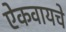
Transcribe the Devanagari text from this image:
ऐकवायचे